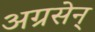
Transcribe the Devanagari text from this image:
अग्रसेन्